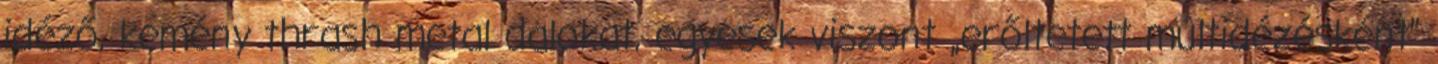
idéző, kemény thrash metal dalokat, egyesek viszont „erőltetett múltidézésként”